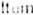
ITEM